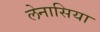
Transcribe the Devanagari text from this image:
लेनासिया